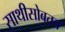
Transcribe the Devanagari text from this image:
साथीसोबतच